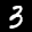
Label: 3